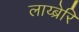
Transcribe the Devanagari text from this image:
लाय्ब्रेरि